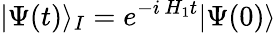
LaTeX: |\Psi(t)\rangle_{I}=e^{-i\, H_{1}t}|\Psi(0)\rangle